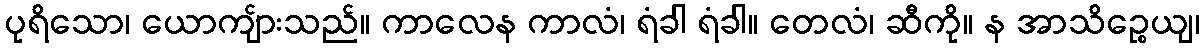
ပုရိသော၊ ယောကျ်ားသည်။ ကာလေန ကာလံ၊ ရံခါ ရံခါ။ တေလံ၊ ဆီကို။ န အာသိဉ္စေယျ၊